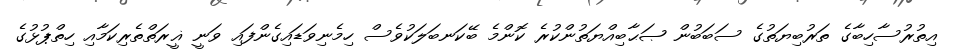
އިތުރުސާހިބާގެ ތަރުބިޔަތުގެ ސަބަބުން ޞަޙާބިއްޔަތުންކުރެ ކޮންމެ ބޭކަނބަލަކުވެސް ހިމެނިވަޑައިގެންފައި ވަނީ ޣީރަތްތެރިކަމާއި ހިތްޕުޅުގެ